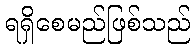
ရရှိစေမည်ဖြစ်သည်